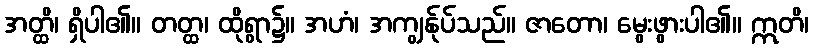
အတ္ထိ၊ ရှိပါ၏။ တတ္ထ၊ ထိုရွာ၌။ အဟံ၊ အကျွန်ုပ်သည်။ ဇာတော၊ မွေးဖွားပါ၏။ ဣတိ၊